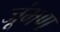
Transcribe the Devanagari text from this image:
जूंभण